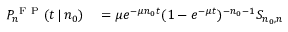
\begin{array} { r l } { P _ { n } ^ { \mathrm { ~ F ~ P ~ } } ( t \, | \, n _ { 0 } ) } & { { } = \mu e ^ { - \mu n _ { 0 } t } ( 1 - e ^ { - \mu t } ) ^ { - n _ { 0 } - 1 } S _ { n _ { 0 } , n } } \end{array}